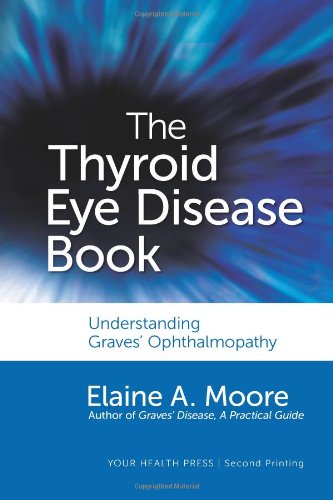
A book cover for The Thyroid Eye Disease Book: Understanding Graves' Ophthalmopathy; Elaine Moore; Health, Fitness & Dieting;